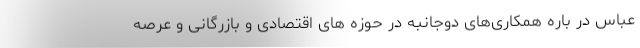
عباس در باره همکاری‌های دوجانبه در حوزه های اقتصادی و بازرگانی و عرصه